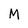
Character: M